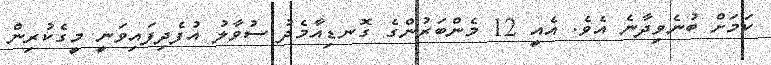
ކަމަށް ބުނެވިދާނެ އެވެ. އެއީ 12 މެންބަރުންގެ ގޮނޑިއާމެދު ސުވާލު އުފެދިފައިވަނީ މީގެކުރިން